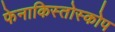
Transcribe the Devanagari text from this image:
फेनाकिस्तोस्कोप